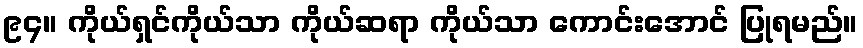
၉၄။ ကိုယ်ရှင်ကိုယ်သာ ကိုယ်ဆရာ ကိုယ်သာ ကောင်းအောင် ပြုရမည်။